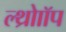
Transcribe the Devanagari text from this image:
ल्थ्रोाॉप